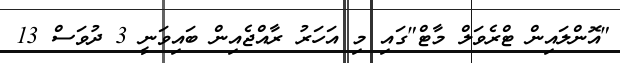
"އޮންލައިން ޓްރެވަލް މާޓް"ގައި މި އަހަރު ރާއްޖެއިން ބައިވަނީ 3 ދުވަސް 13